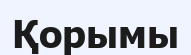
Қорымы